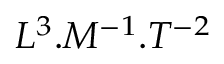
L ^ { 3 } . M ^ { - 1 } . T ^ { - 2 }